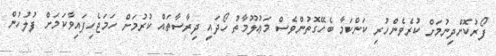
ފޯރުކޮށްދިނުމަށް ކުރެވެންހުރި ކަންކަމާ ބެހޭގޮތުންވެސް މަޢުލޫމާތު ހޯދައި ދިރާސާތައް ކުރުމަށް ހަމަޖެހިފައިވާކަމަށް ފުލުހުން